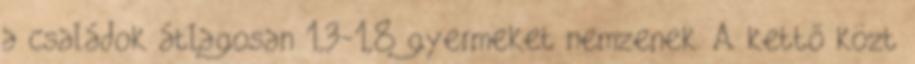
a családok átlagosan 1,3-1,8 gyermeket nemzenek. A kettő közt